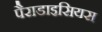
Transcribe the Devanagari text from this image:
पैराडाइसियस